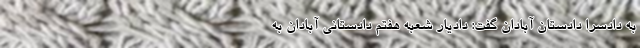
به دادسرا دادستان آبادان گفت: دادیار شعبه هفتم دادستانی آبادان به